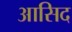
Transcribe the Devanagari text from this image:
आसिद